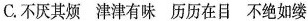
C.不厌其烦 津津有味 历历在目 不绝如缕